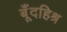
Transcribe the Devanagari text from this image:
बूँदहिश्न